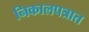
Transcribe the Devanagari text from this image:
निकालपत्रात